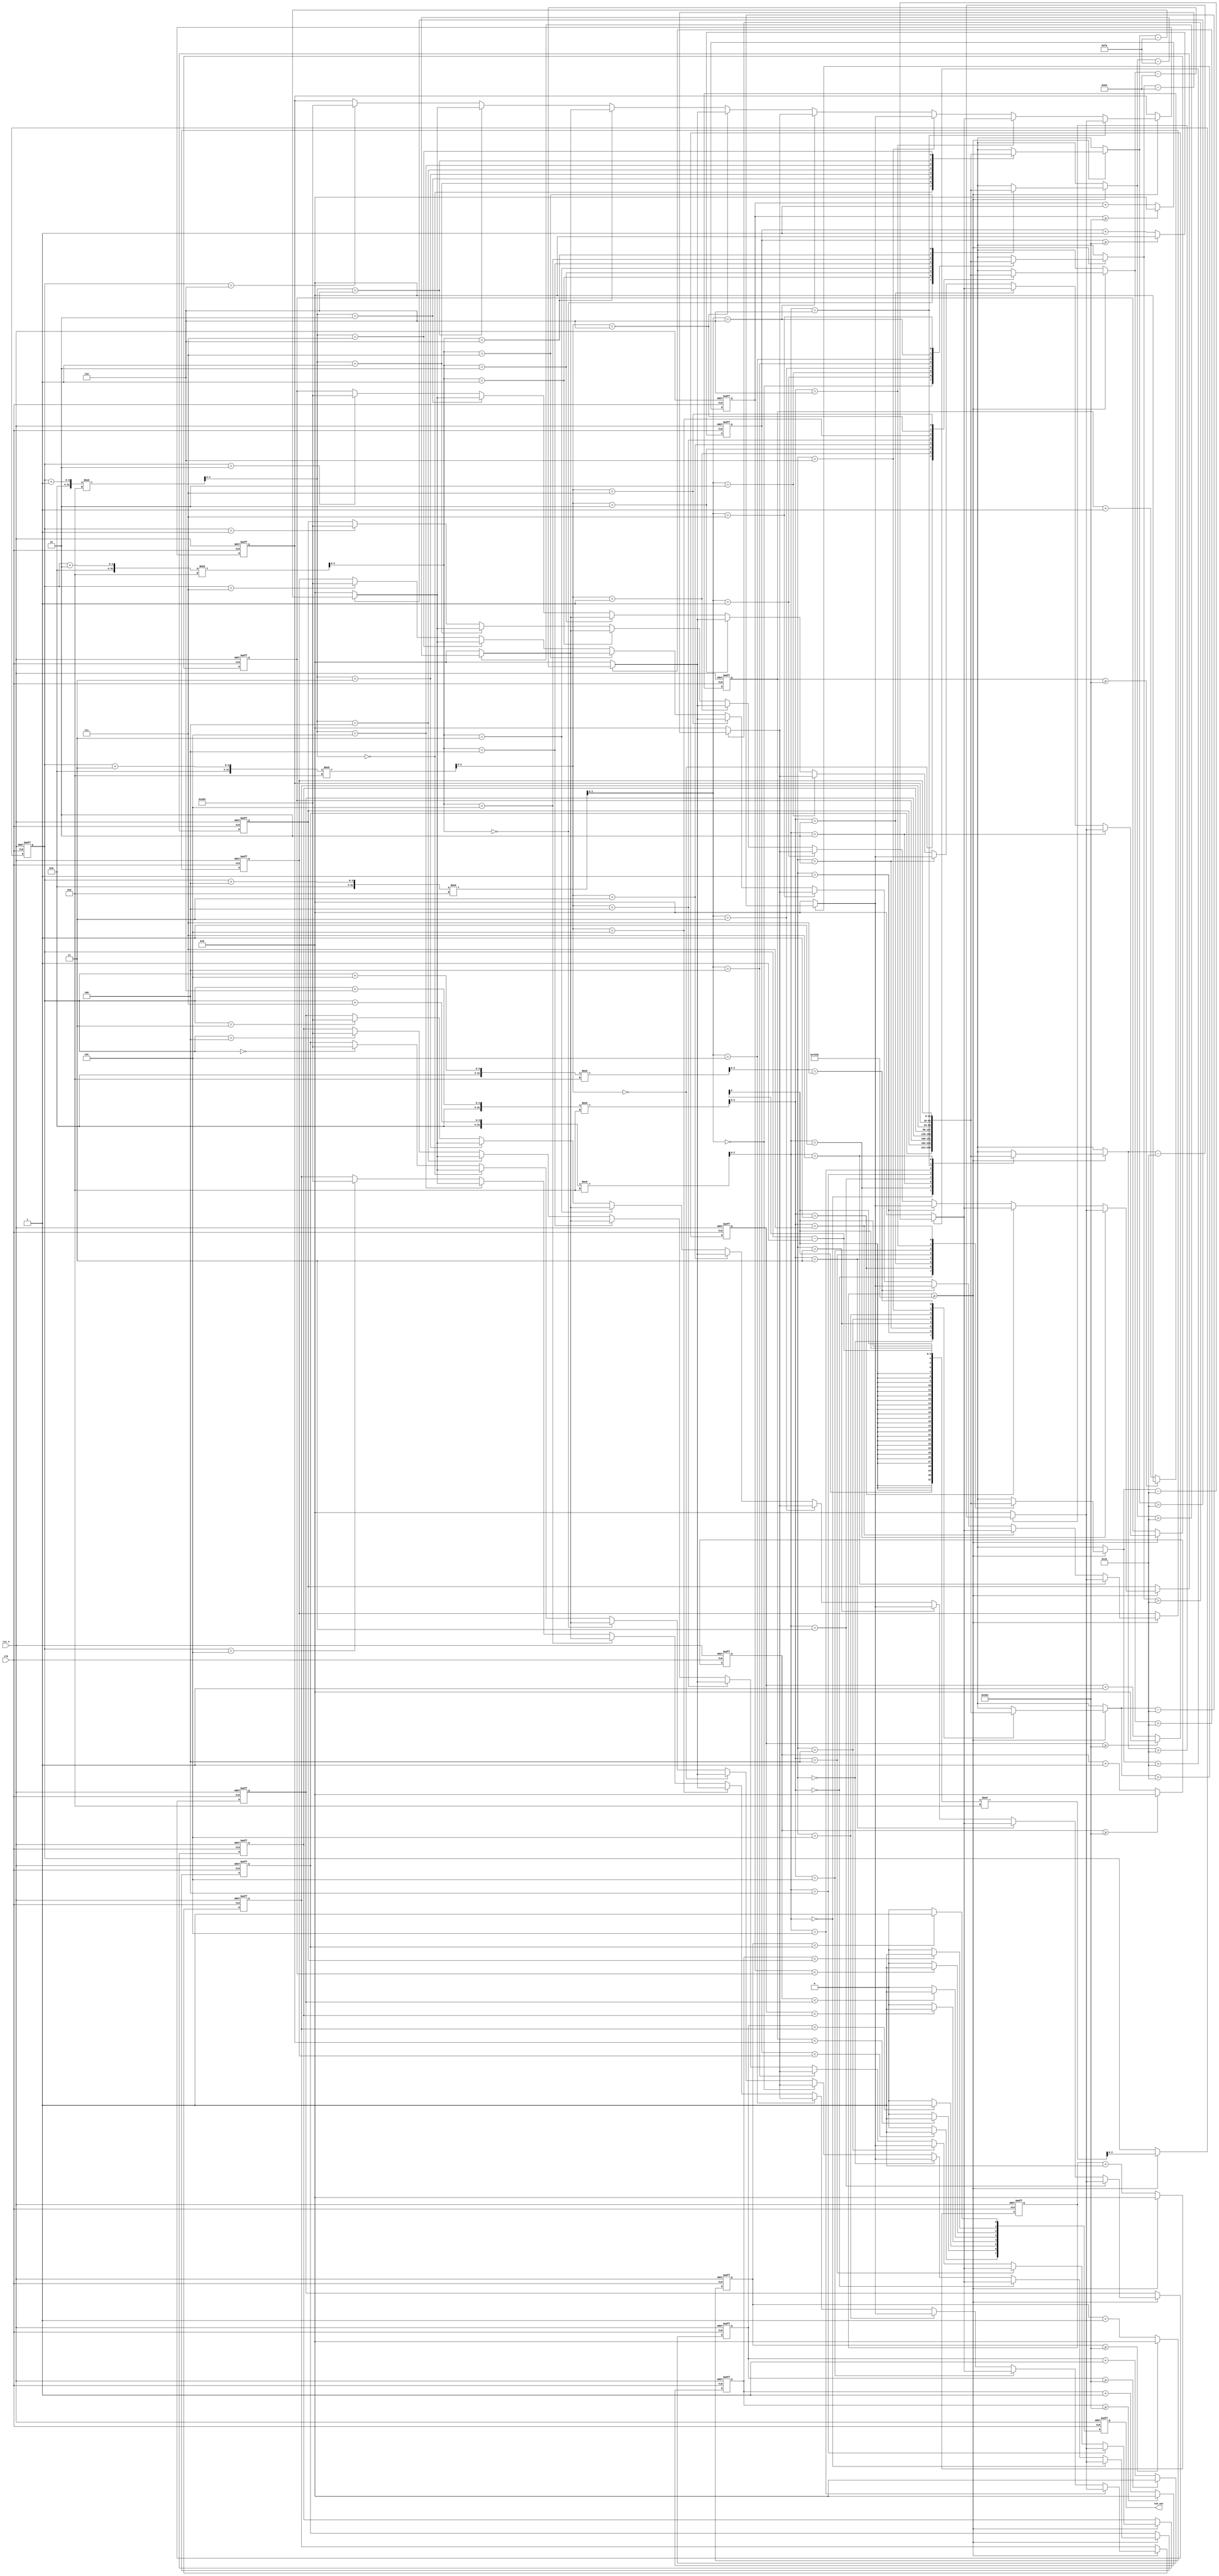
module LED_mode3_driver(
    input clk,
    input rst_n,
    output reg [7:0] led_out
);

reg [31:0] counter = 0;
reg [31:0] pwm_counter[7:0];
reg [31:0] pwm_duty[7:0];
reg [2:0] current_led = 0;

integer i;

always @(posedge clk or negedge rst_n) begin
    if (~rst_n) begin
        counter <= 0;
        current_led <= 0;
        for (i = 0; i < 8; i++) begin
            pwm_duty[i] <= 0;
        end
    end 
    else begin
        if (counter >= 30000) begin
            counter <= 0;
            current_led <= (current_led - 1) % 8; // change to next led
            pwm_duty[current_led] <= 900; 
            pwm_duty[(current_led + 1) % 8] <= pwm_duty[(current_led + 1) % 8] > 50 ? pwm_duty[(current_led + 1) % 8] - 250 : 0;
            pwm_duty[(current_led + 2) % 8] <= pwm_duty[(current_led + 2) % 8] > 50 ? pwm_duty[(current_led + 2) % 8] - 250 : 0;
            pwm_duty[(current_led + 3) % 8] <= pwm_duty[(current_led + 3) % 8] > 50 ? pwm_duty[(current_led + 3) % 8] - 100 : 0;
            pwm_duty[(current_led + 4) % 8] <= pwm_duty[(current_led + 4) % 8] > 50 ? pwm_duty[(current_led + 4) % 8] - 100 : 0;
            pwm_duty[(current_led + 5) % 8] <= pwm_duty[(current_led + 5) % 8] > 50 ? pwm_duty[(current_led + 5) % 8] - 50 : 0;
            pwm_duty[(current_led + 6) % 8] <= pwm_duty[(current_led + 6) % 8] > 50 ? pwm_duty[(current_led + 6) % 8] - 50 : 0;
            pwm_duty[(current_led + 7) % 8] <= pwm_duty[(current_led + 7) % 8] > 50 ? pwm_duty[(current_led + 7) % 8] - 50 : 0;
        end
        else begin
            counter <= counter + 1;
        end
    end
end

// PWM OUTPUT
always @(posedge clk or negedge rst_n) begin
    if (~rst_n) begin
        for (i = 0; i < 8; i++) begin
            pwm_counter[i] <= 0;
        end
        led_out <= 0;
    end else begin
        for (i = 0; i < 8; i++) begin
            pwm_counter[i] <= pwm_counter[i] >= 900 ? 0 : pwm_counter[i] + 1;
            led_out[i] <= (pwm_counter[i] < pwm_duty[i]) ? 1 : 0;
        end
    end
end

endmodule